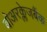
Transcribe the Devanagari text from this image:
बोअरक्लेजबैंक